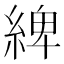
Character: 綼